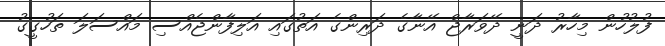
ފުލުހުން މިހާރު ދަނީ ދޭވަރާޖް އޭނާގެ ދަރިންގެ އަތުގައި އަލިފާންޖެއްސި މައްސަލަ ތަހުގީގު